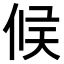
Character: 𠉀